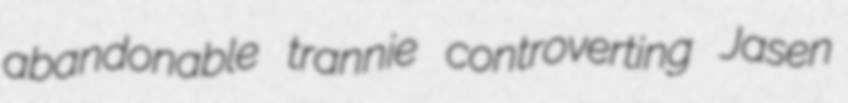
abandonable trannie controverting Jasen